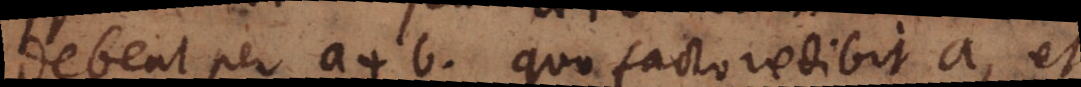
debeat per a + b, quo facto redibit a, et